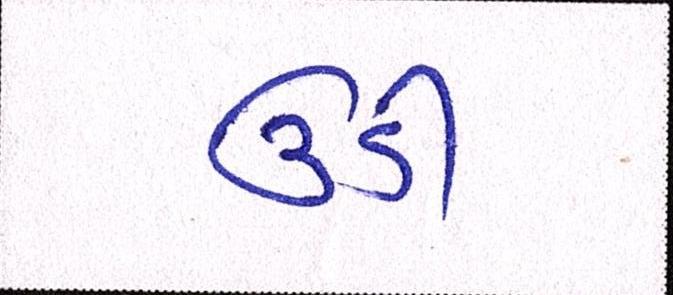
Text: ઉડી